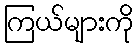
ကြယ်များကို